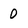
Character: 0